Vaccine operations Central Provinces 1868-1885 - 1868-1885
Year: 1868
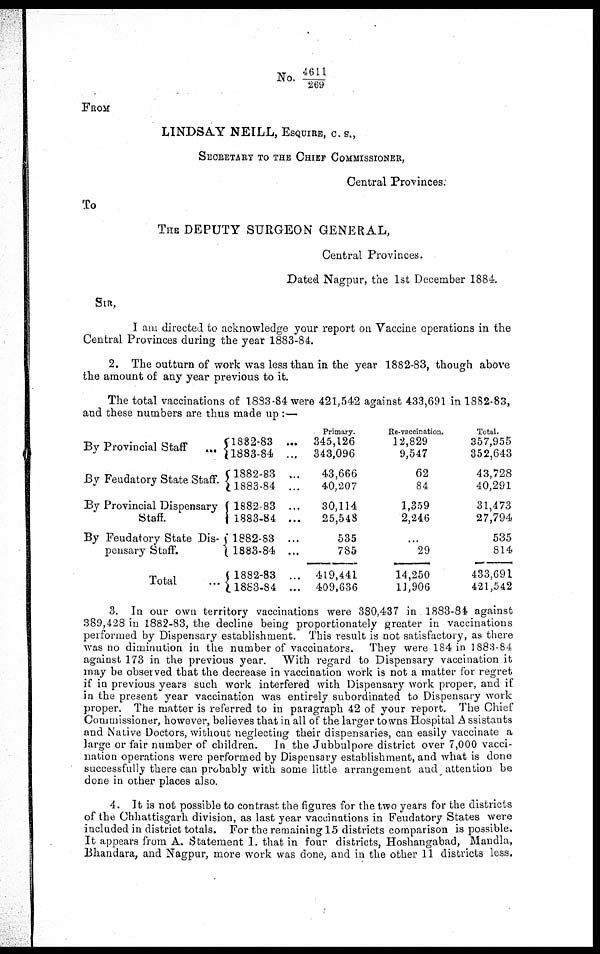
No. 4611/ 269
FROM
LINDSAY NEILL, ESQUIRE, C. S.,
SECRETARY TO THE CHIEF COMMISSIONER,
Central Provinces.
To
THE DEPUTY SURGEON GENERAL,
Central Provinces.
Dated Nagpur, the 1st December 1884.
SIR,
I am directed to acknowledge your report on Vaccine operations in the
Central Provinces during the year 1883-84.
2. The outturn of work was less than in the year 1882-83, though above
the amount of any year previous to it.
The total vaccinations of 1883-84 were 421,542 against 433,691 in 1882-83,
and these numbers are thus made up :—
By Provincial Staff
...
By Feudatory State Staff.
By Provincial Dispensary
Staff.
By Feudatory State Dis-
pensary Staff.
Total
...
1882-83 ...
1883-84 ...
1882-83 ...
1883-84 ...
1882-83 ...
1883-84 ...
1882-83 ...
1883-84 ...
1882-83 ...
1883-84 ...
Primary.
345,126
343,096
43,666
40,207
30,114
25,548
535
785
419,441
409,636
Re-vaccination.
12,829
9,547
62
84
1,359
2,246
...
29
14,250
11,906
Total.
357,955
352,643
43,728
40,291
31,473
27,794
535
814
433,691
421,542
3. In our own territory vaccinations were 380,437 in 1883-84 against
389,428 in 1882-83, the decline being proportionately greater in vaccinations
performed by Dispensary establishment. This result is not satisfactory, as there
was no diminution in the number of vaccinators. They were 184 in 1883-84
against 173 in the previous year. With regard to Dispensary vaccination it
may be obseived that the decrease in vaccination work is not a matter for regret
if in previous years such work interfered with Dispensary work proper, and if
in the present year vaccination was entirely subordinated to Dispensary work
proper. The matter is referred to in paragraph 42 of your report. The Chief
Commissioner, however, believes that in all of the larger towns Hospital Assistants
and Native Doctors, without neglecting their dispensaries, can easily vaccinate a
large or fair number of children. In the Jubbulpore district over 7,000 vacci-
nation operations were performed by Dispensary establishment, and what is done
successfully there can probably with some little arrangement and attention be
done in other places also.
4. It is not possible to contrast the figures for the two years for the districts
of the Chhattisgarh division, as last year vaccinations in Feudatory States were
included in district totals. For the remaining 15 districts comparison is possible.
It appears from A. Statement 1. that in four districts, Hoshangabad, Mandla,
Bhandara, and Nagpur, more work was done, and in the other 11 districts less.